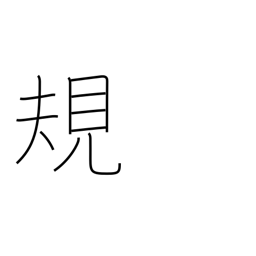
Meaning: standard